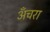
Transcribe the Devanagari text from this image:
अँचरा